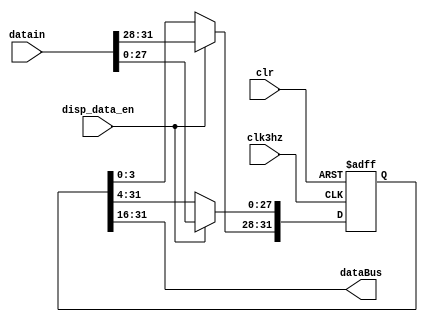
//
module GPU(
input clk3hz,
input clr,
input	disp_data_en,
input	[31:0]	datain,
output [15:0]dataBus
    );
    //
    reg[31:0]msgArray;
    //
    //parameter NUMBER=32'h41823205;
    //16
    assign dataBus =msgArray[31:16];
    always @ (posedge clk3hz or negedge clr)
        if(!clr)	
			msgArray<=0;
		else if(disp_data_en)
            msgArray<=datain;//NUMBER;
        else begin
        //27-031-4
            // msgArray[3:0]<=msgArray[31:28];
            // msgArray[31:4]<=msgArray[27:0];
			
			msgArray[31:28]<=msgArray[3:0];
            msgArray[27:0]<=msgArray[31:4];
        end
endmodule